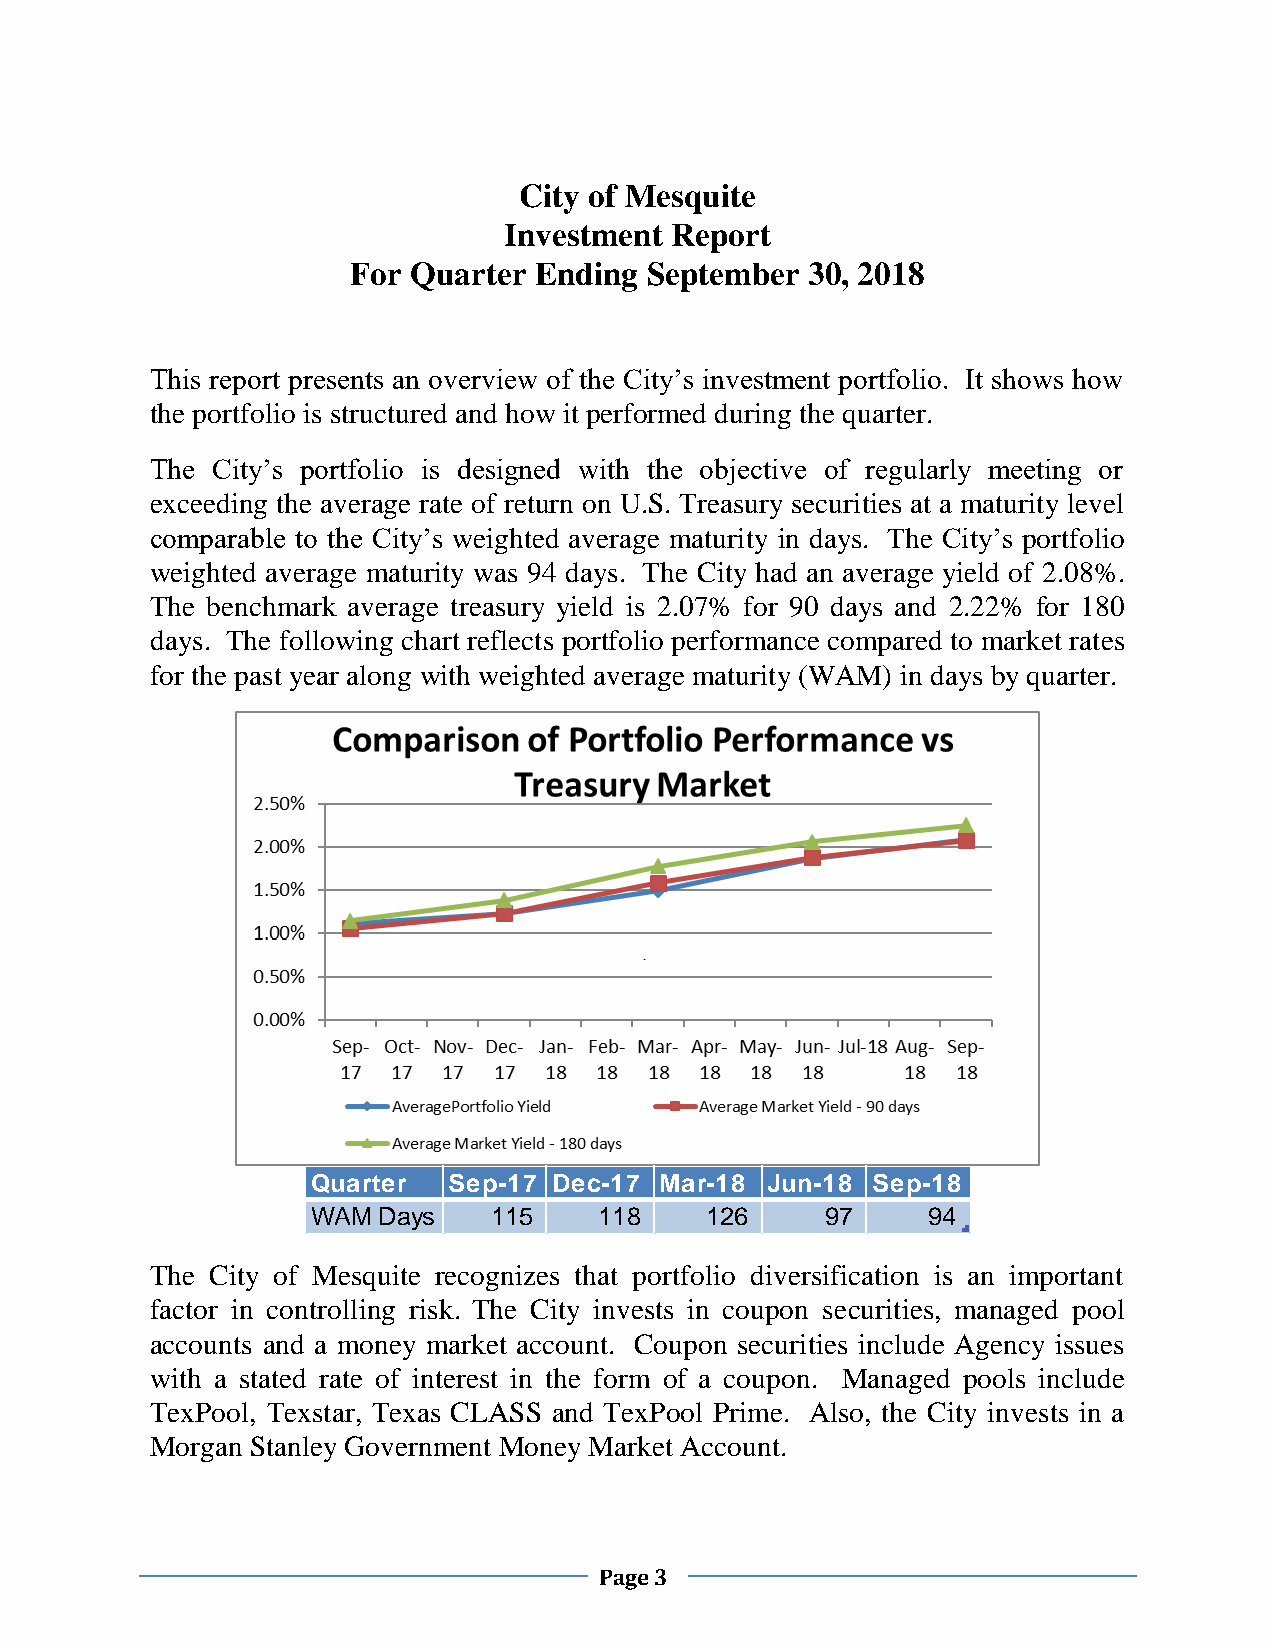
City of Mesquite
 Investment Report
 For Quarter Ending  September 30, 2018
 This report presents an overview of the City’s investment portfolio. It shows how
 the portfolio is structured and how it performed during the quarter.
 The City’s portfolio is designed with the objective of regularly meeting or
 exceeding the average rate of return on U.S. Treasury securities at a maturity level
 comparable to the City’s weighted average maturity in days. The City’s portfolio
 weighted average maturity was 94 days. The City had an average yield of 2.08%.
 The benchmark average treasury yield is 2.07% for 90 days and 2.22% for 180
 days. The following chart reflects portfolio performance compared to market rates
 for the past year along with weighted average maturity (WAM) in days by quarter.
 Quarter  Sep-17 Dec-17 Mar-18 Jun-18 Sep-18
 WAM Days   115     118    126     97    94
 The City of Mesquite recognizes that portfolio diversification is an important
 factor in controlling risk. The City invests in coupon securities, managed pool
 accounts and a money market account. Coupon securities include Agency issues
 with a stated rate of interest in the form of a coupon. Managed pools include
 TexPool, Texstar, Texas CLASS and TexPool Prime. Also, the City invests in a
 Morgan Stanley Government Money Market Account.
 Page 3